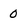
Character: 0